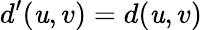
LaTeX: d^{\prime}(\mathit{u},v)=d(\mathit{u},v)